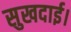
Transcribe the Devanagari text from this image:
सुखदाई।